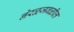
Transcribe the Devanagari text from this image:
नेरळजवळील